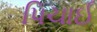
પિચાઈ